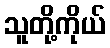
သူတို့ကိုယ်